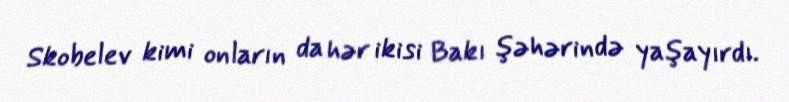
Skobelev kimi onların da hər ikisi Bakı şəhərində yaşayırdı.